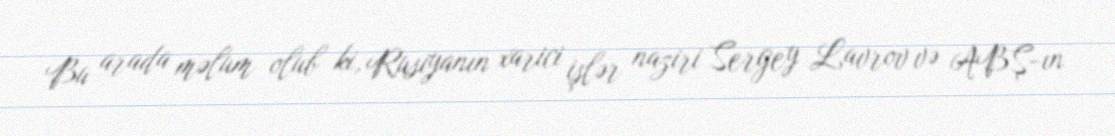
Bu arada məlum olub ki, Rusiyanın xarici işlər naziri Sergey Lavrov və ABŞ-ın